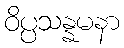
ဝိပ္ပသန္နမနာ